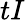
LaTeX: tI